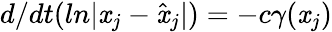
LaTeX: d/dt(ln|\mathit{x}_{j}-\hat{{\mathit{x}}}_{j}|)=-c\gamma(\mathit{x}_{j})